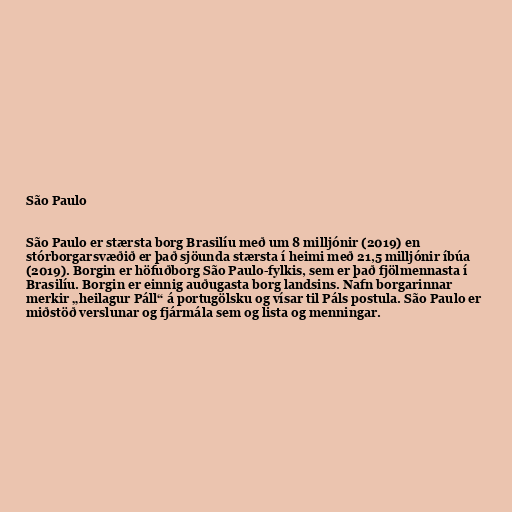
São Paulo

São Paulo er stærsta borg Brasilíu með um 8 milljónir (2019) en
stórborgarsvæðið er það sjöunda stærsta í heimi með 21,5 milljónir íbúa
(2019). Borgin er höfuðborg São Paulo-fylkis, sem er það fjölmennasta í
Brasilíu. Borgin er einnig auðugasta borg landsins. Nafn borgarinnar
merkir „heilagur Páll“ á portugölsku og vísar til Páls postula. São Paulo er
miðstöð verslunar og fjármála sem og lista og menningar.